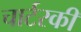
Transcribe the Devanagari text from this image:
चार्टरकी